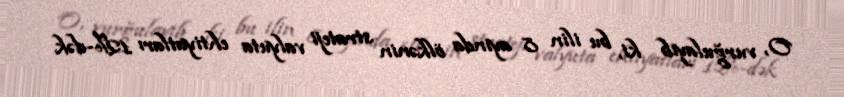
O, vurğulayıb ki, bu ilin 8 ayında ölkənin strateji valyuta ehtiyatları 12%-dək